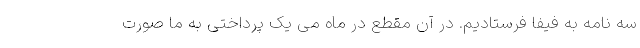
سه نامه به فیفا فرستادیم. در آن مقطع در ماه مِی یک پرداختی به ما صورت